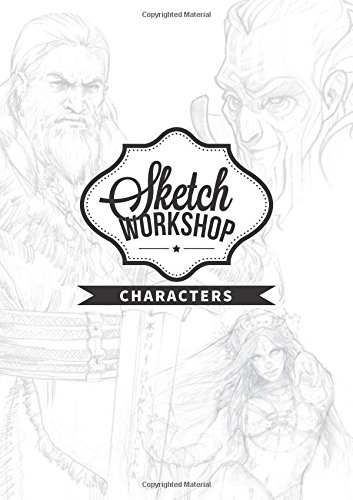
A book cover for Sketch Workshop: Characters; Arts & Photography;